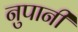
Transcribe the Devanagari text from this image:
नुपानी